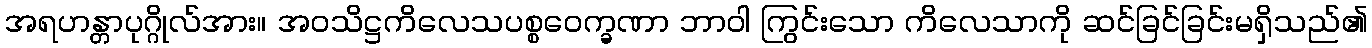
အရဟန္တာပုဂ္ဂိုလ်အား။ အဝသိဋ္ဌကိလေသပစ္စဝေက္ခဏာ ဘာဝါ ကြွင်းသော ကိလေသာကို ဆင်ခြင်ခြင်းမရှိသည်၏